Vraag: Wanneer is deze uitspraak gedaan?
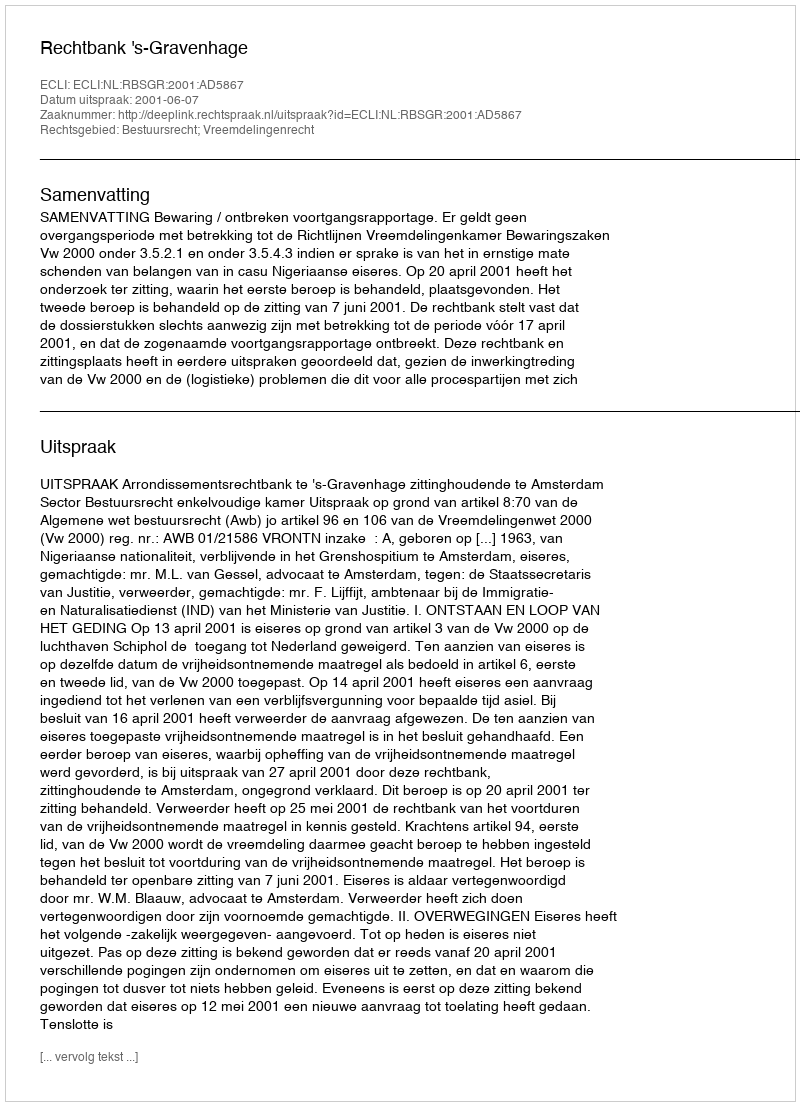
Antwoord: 2001-06-07